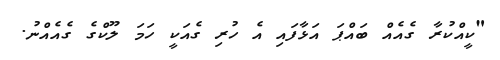
"ކީއްކުރާ ގެއެއް ބައްޕަ އަޅާފައި އެ ހުރި ގެއަކީ ހަމަ ލޫކްގެ ގެއެއްނު.